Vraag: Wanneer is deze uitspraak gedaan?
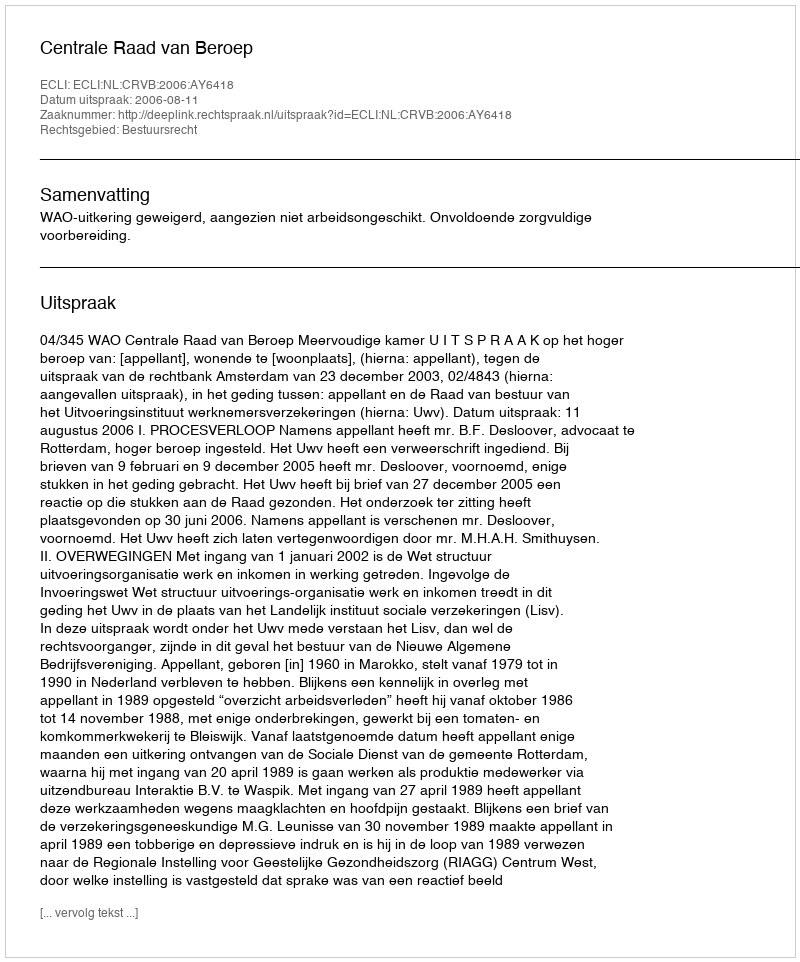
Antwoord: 2006-08-11